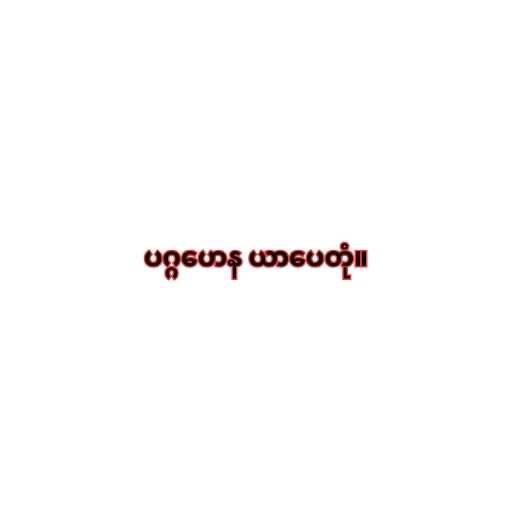
ပဂ္ဂဟေန ယာပေတုံ။